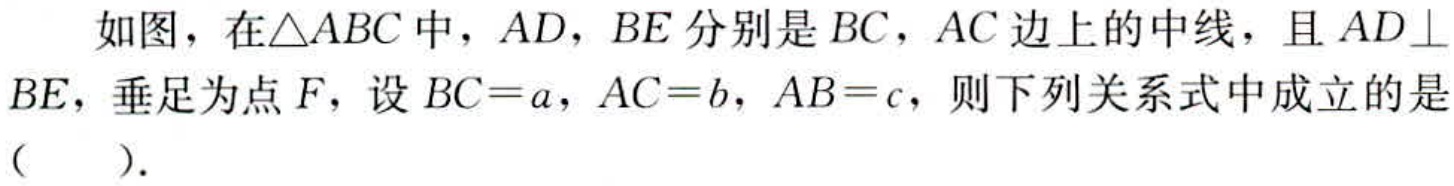
如图，在\(\triangle ABC\)中，\(AD\)，\(BE\)分别是\(BC\)，\(AC\)边上的中线，且\(AD\perp BE\)，垂足为点\(F\)，设\(BC = a\)，\(AC = b\)，\(AB = c\)，则下列关系式中成立的是（  ）.